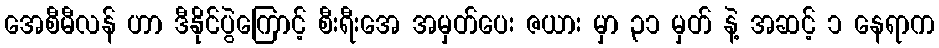
အေစီမီလန် ဟာ ဒီနိုင်ပွဲကြောင့် စီးရီးအေ အမှတ်ပေး ဇယား မှာ ၃၁ မှတ် နဲ့ အဆင့် ၁ နေရာက